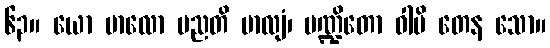
၆၃။ ယော ဗာလော မညတိ ဗာလျံ၊ ပဏ္ဍိတော ဝါပိ တေန သော။